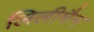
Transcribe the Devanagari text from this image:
लिलीमैन